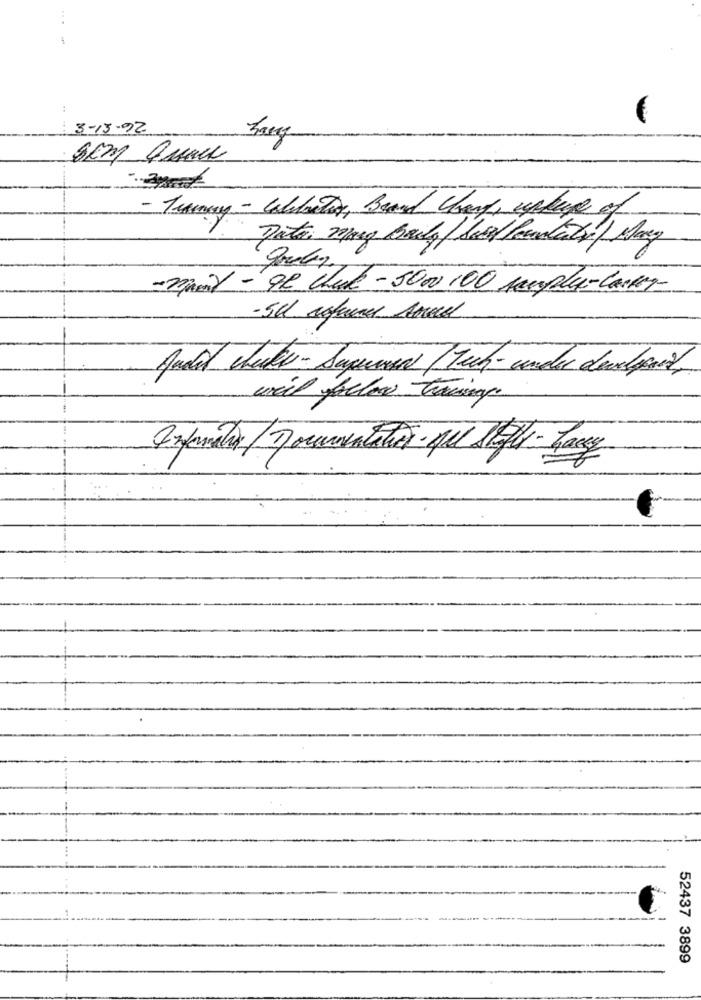
3-13-92
Tuarray - Calbrutos, Brand Cary, uppage of
Data, mag Baily/ Said Pourtanty Mary
-Piony - 92 chule - 5000 100 papu-lasker
-5cl refund Ared
Andel chester - Superar /Tech- under developed,
weil follow Theway
52437 3899